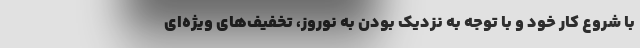
با شروع کار خود و با توجه به نزدیک بودن به نوروز، تخفیف‌های ویژه‌ای